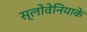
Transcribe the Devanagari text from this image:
स्लोवेनियाके